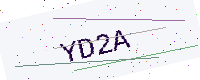
Text: YD2A